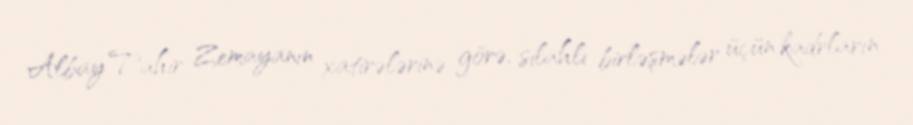
Albay Tahir Zemayanın xatirələrinə görə, silahlı birləşmələr üçün kadrların